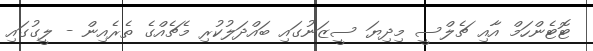
ޓޮޓެންހަމް އާއި ޗެލްސީ މިދިޔަ ސީޒަނުގައި ބައްދަލުކުރި މެޗެއްގެ ތެރެއިން - ލީގުގައި